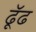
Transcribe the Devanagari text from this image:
ढूॅढ